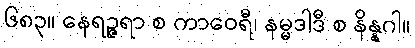
၆၈၃။ နေရဉ္ဇရာ စ ကာဝေရီ၊ နမ္မဒါဒီ စ နိန္နဂါ။